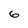
Character: 6